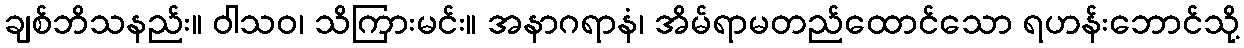
ချစ်ဘိသနည်း။ ဝါသဝ၊ သိကြားမင်း။ အနာဂရာနံ၊ အိမ်ရာမတည်ထောင်သော ရဟန်းဘောင်သို့